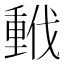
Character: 𫼂